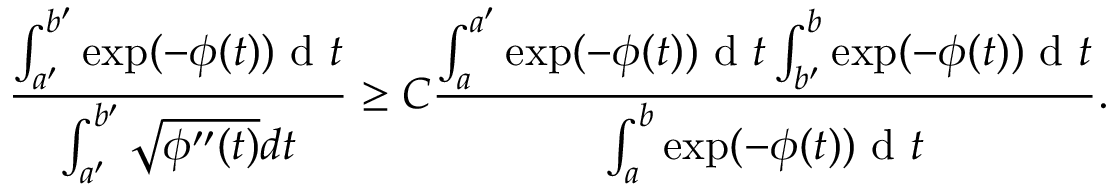
\frac { \int _ { a ^ { \prime } } ^ { b ^ { \prime } } \exp ( - \phi ( t ) ) \textup { d } t } { \int _ { a ^ { \prime } } ^ { b ^ { \prime } } \sqrt { \phi ^ { \prime \prime } ( t ) } d t } \geq C \frac { \int _ { a } ^ { a ^ { \prime } } \exp ( - \phi ( t ) ) \textup { d } t \int _ { b ^ { \prime } } ^ { b } \exp ( - \phi ( t ) ) \textup { d } t } { \int _ { a } ^ { b } \exp ( - \phi ( t ) ) \textup { d } t } .